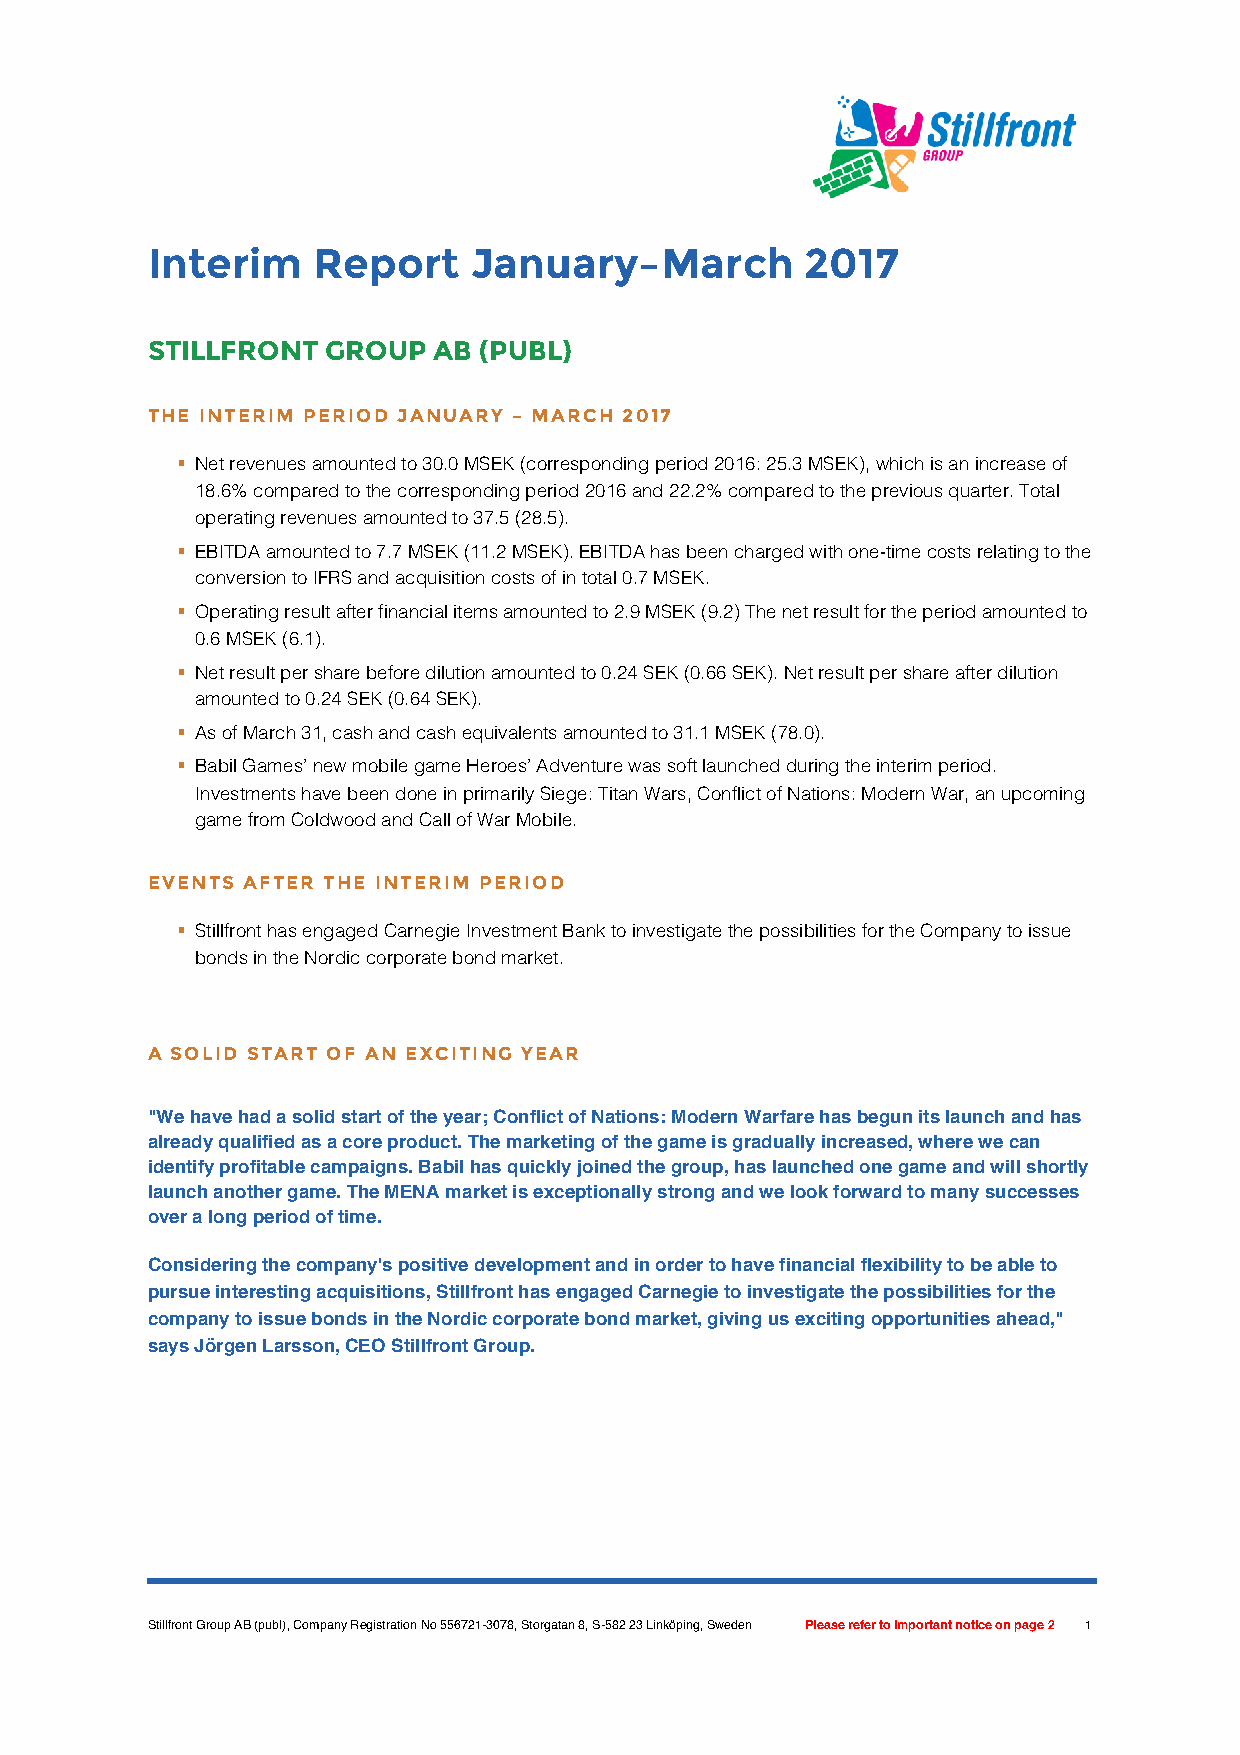
Interim    Report    January–March         2017
 STILLFRONT  GROUP  AB (PUBL)
 THE INTERIM PERIOD JANUARY – MARCH 2017
 § Net revenues amounted to 30.0 MSEK (corresponding period 2016: 25.3 MSEK), which is an increase of
 18.6% compared to the corresponding period 2016 and 22.2% compared to the previous quarter. Total
 operating revenues amounted to 37.5 (28.5).
 § EBITDA amounted to 7.7 MSEK (11.2 MSEK). EBITDA has been charged with one-time costs relating to the
 conversion to IFRS and acquisition costs of in total 0.7 MSEK.
 § Operating result after financial items amounted to 2.9 MSEK (9.2) The net result for the period amounted to
 0.6 MSEK (6.1).
 § Net result per share before dilution amounted to 0.24 SEK (0.66 SEK). Net result per share after dilution
 amounted to 0.24 SEK (0.64 SEK).
 § As of March 31, cash and cash equivalents amounted to 31.1 MSEK (78.0).
 § Babil Games’ new mobile game Heroes’ Adventure was soft launched during the interim period.
 Investments have been done in primarily Siege: Titan Wars, Conflict of Nations: Modern War, an upcoming
 game from Coldwood and Call of War Mobile.
 EVENTS AFTER THE INTERIM PERIOD
 § Stillfront has engaged Carnegie Investment Bank to investigate the possibilities for the Company to issue
 bonds in the Nordic corporate bond market.
 A SOLID START OF AN EXCITING YEAR
 "We have had a solid start of the year; Conflict of Nations: Modern Warfare has begun its launch and has
 already qualified as a core product. The marketing of the game is gradually increased, where we can
 identify profitable campaigns. Babil has quickly joined the group, has launched one game and will shortly
 launch another game. The MENA market is exceptionally strong and we look forward to many successes
 over a long period of time.
 Considering the company's positive development and in order to have financial flexibility to be able to
 pursue interesting acquisitions, Stillfront has engaged Carnegie to investigate the possibilities for the
 company to issue bonds in the Nordic corporate bond market, giving us exciting opportunities ahead,"
 says Jörgen Larsson, CEO Stillfront Group.
 Stillfront Group AB (publ), Company Registration No 556721-3078, Storgatan 8, S-582 23 Linköping, Sweden Please refer to important notice on page 2 1